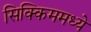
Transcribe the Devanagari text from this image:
सिक्किममध्ये